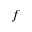
f